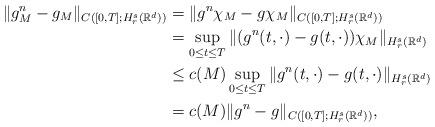
LaTeX: \begin{align*}\|g^n_M-g_M\|_{C([0,T]; H^s_r(\mathbb R^d))} & = \|g^n\chi_M-g\chi_M\|_{C([0,T]; H^s_r(\mathbb R^d))}\\& = \sup_{0\leq t\leq T} \|(g^n(t, \cdot)-g(t, \cdot))\chi_M\|_{H^s_r(\mathbb R^d)}\\& \leq c(M) \sup_{0\leq t\leq T} \|g^n(t, \cdot)-g(t, \cdot)\|_{H^s_r(\mathbb R^d)}\\&= c(M) \|g^n-g\|_{C([0,T]; H^s_r(\mathbb R^d))}, \end{align*}